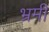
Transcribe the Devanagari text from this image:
भ्रमी